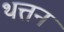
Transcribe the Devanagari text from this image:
थत्तन